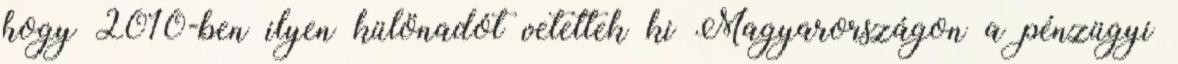
hogy 2010-ben ilyen különadót vetettek ki Magyarországon a pénzügyi